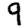
Digit: 9